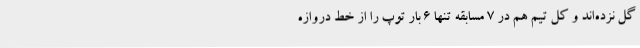
گل نزده‌اند و کل تیم هم در 7 مسابقه تنها 6 بار توپ را از خط دروازه